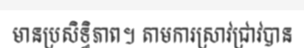
មានប្រសិទ្ធិភាព។ តាមការស្រាវជ្រាវបាន